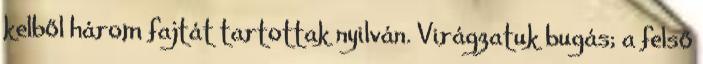
kelből három fajtát tartottak nyilván. Virágzatuk bugás; a felső